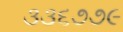
૩૩૬૭૭૯